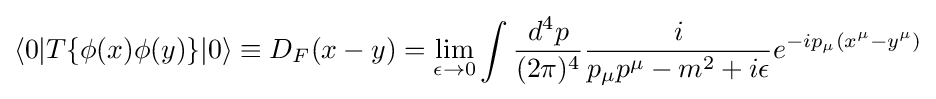
\langle 0|T\{\phi (x)\phi (y)\}|0\rangle \equiv D_{F}(x-y)=\lim _{\epsilon \to 0}\int {\frac {d^{4}p}{(2\pi )^{4}}}{\frac {i}{p_{\mu }p^{\mu }-m^{2}+i\epsilon }}e^{-ip_{\mu }(x^{\mu }-y^{\mu })}